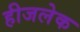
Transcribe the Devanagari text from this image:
हीजलेक